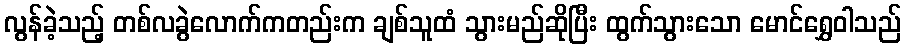
လွန်ခဲ့သည့် တစ်လခွဲလောက်ကတည်းက ချစ်သူထံ သွားမည်ဆိုပြီး ထွက်သွားသော မောင်ရွှေဝါသည်